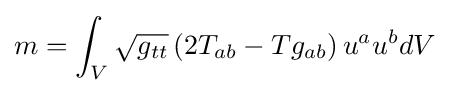
m=\int _{V}{\sqrt {g_{tt}}}\left(2T_{ab}-Tg_{ab}\right)u^{a}u^{b}dV